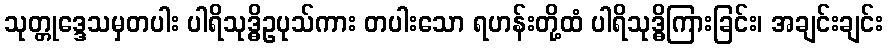
သုတ္တုဒ္ဒေသမှတပါး ပါရိသုဒ္ဓိဥပုသ်ကား တပါးသော ရဟန်းတို့ထံ ပါရိသုဒ္ဓိကြားခြင်း၊ အချင်းချင်း